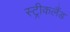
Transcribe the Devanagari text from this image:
स्ट्रीकलैंड